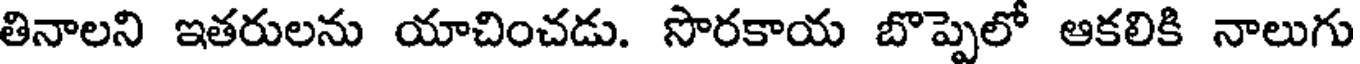
తినాలని ఇతరులను యాచించడు. సొరకాయ బొప్పెలో ఆకలికి నాలుగు